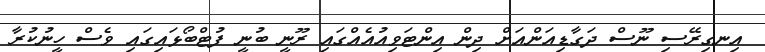
އިނގިރޭސި ނޫސް ދަގާޑިއަންއަށް ދިން އިންޓަވިއުއެއްގައި ރޫނީ ބުނީ ފުޓްބޯޅައިގައި ވެސް ހީނުކުރާ